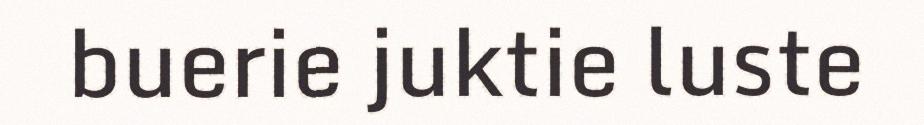
buerie juktie luste